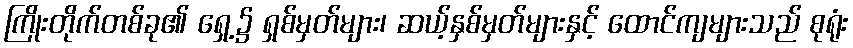
ကြိုးတိုက်တစ်ခု၏ ရှေ့၌ ရှစ်မှတ်များ၊ ဆယ့်နှစ်မှတ်များနှင့် ထောင်ကျများသည် စုရုံး